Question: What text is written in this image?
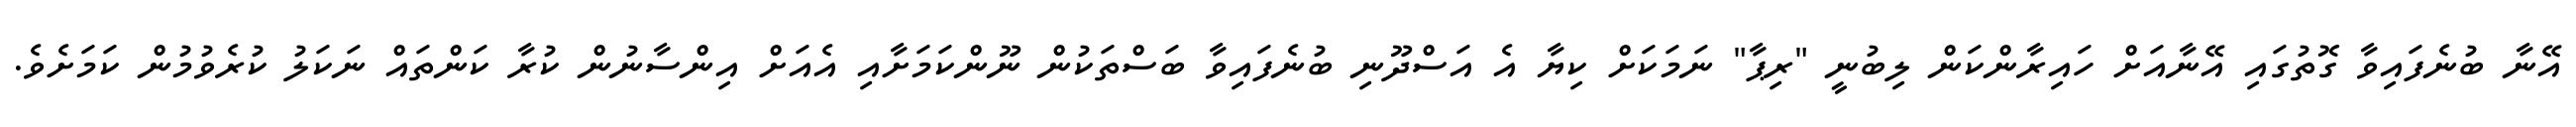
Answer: އޭނާ ބުނެފައިވާ ގޮތުގައި އޭނާއަށް ހައިރާންކަން ލިބުނީ "ރިޕާ" ނަމަކަށް ކިޔާ އެ އަސްދޫނި ބުނެފައިވާ ބަސްތަކުން ނޫންކަމަށާއި އެއަށް އިންސާނުން ކުރާ ކަންތައް ނަކަލު ކުރެވުމުން ކަމަށެވެ.